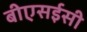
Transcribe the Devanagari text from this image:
बीएसईसी